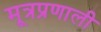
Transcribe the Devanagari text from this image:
मूत्रप्रणाली